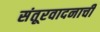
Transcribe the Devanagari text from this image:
संतूरवादनाची